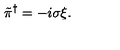
\tilde { \pi } ^ { \dagger } = - i \sigma \xi .